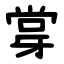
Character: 牚